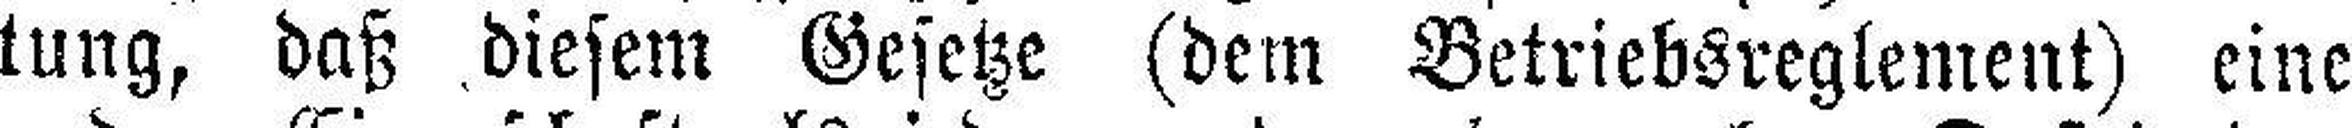
tung, daß diesem Gesetze (dem Betriebsreglement) eine